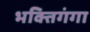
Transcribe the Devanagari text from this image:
भक्तिगंगा